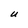
Character: U